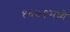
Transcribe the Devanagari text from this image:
१६७१मध्ये